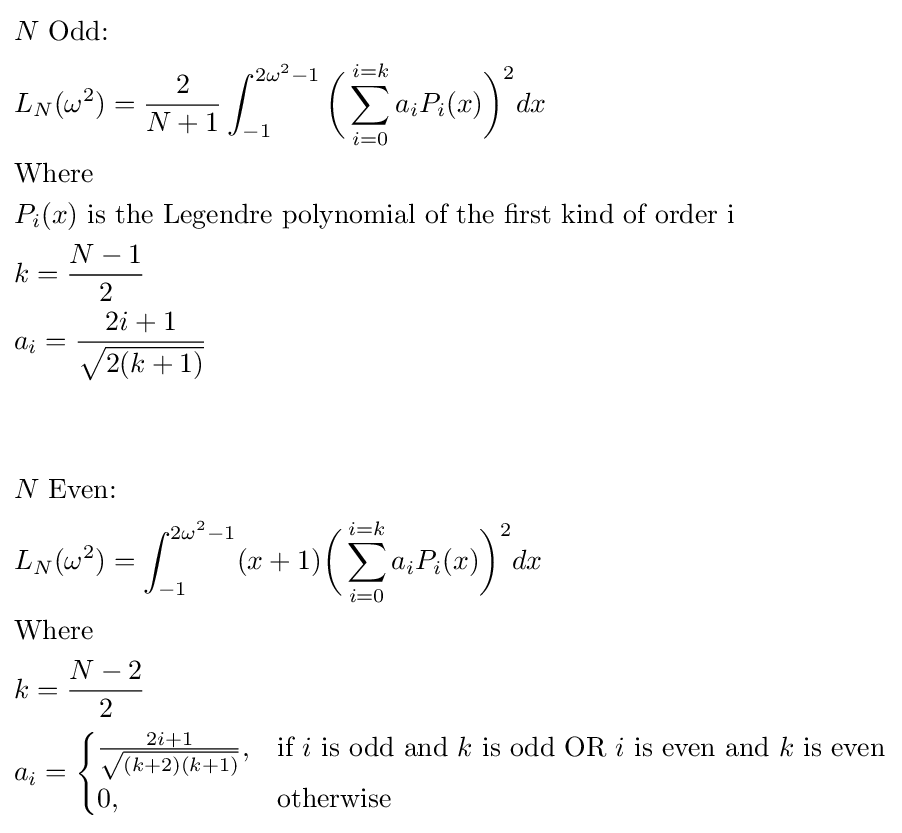
{\begin{aligned}&N{\text{ Odd:}}\\&L_{N}(\omega ^{2})={\frac {2}{N+1}}\int _{-1}^{2\omega ^{2}-1}{\bigg (}\sum _{i=0}^{i=k}a_{i}P_{i}(x){\bigg )}^{2}dx\\&{\text{Where}}\\&P_{i}(x){\text{ is the Legendre polynomial of the first kind of order i}}\\&k={\frac {N-1}{2}}\\&a_{i}={\frac {2i+1}{\sqrt {2(k+1)}}}\\&\\&\\&N{\text{ Even:}}\\&L_{N}(\omega ^{2})=\int _{-1}^{2\omega ^{2}-1}(x+1){\bigg (}\sum _{i=0}^{i=k}a_{i}P_{i}(x){\bigg )}^{2}dx\\&{\text{Where}}\\&k={\frac {N-2}{2}}\\&a_{i}={\begin{cases}{\frac {2i+1}{\sqrt {(k+2)(k+1)}}},&{\text{if }}i{\text{ is odd and }}k{\text{ is odd OR }}i{\text{ is even and }}k{\text{ is even}}\\0,&{\text{otherwise}}\\\end{cases}}\\\end{aligned}}